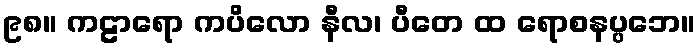
၉၈။ ကဠာရော ကပိလော နီလ၊ ပီတေ ထ ရောစနပ္ပဘေ။